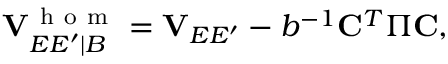
\mathbf { V } _ { E E ^ { \prime } | B } ^ { \mathrm { ~ h ~ o ~ m ~ } } = \mathbf { V } _ { E E ^ { \prime } } - b ^ { - 1 } \mathbf { C } ^ { T } \boldsymbol { \Pi } \mathbf { C } ,